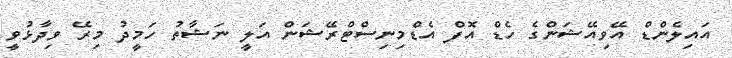
އައިލެންޑް އޭވިއޭޝަންގެ ހެޑް އޮފް އެޑްމިނިސްޓްރޭޝަން އަލީ ނަޝާތު ހަމީދު މިރޭ ވިދާޅުވީ